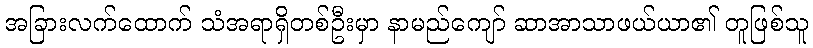
အခြားလက်ထောက် သံအရာရှိတစ်ဦးမှာ နာမည်ကျော် ဆာအာသာဖယ်ယာ၏ တူဖြစ်သူ